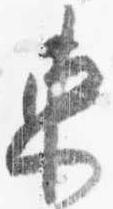
東